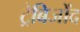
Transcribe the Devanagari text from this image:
ट्रेबिजोंद